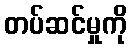
တပ်ဆင်မှုကို